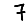
Digit: 7